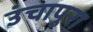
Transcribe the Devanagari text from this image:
उंचापुरा